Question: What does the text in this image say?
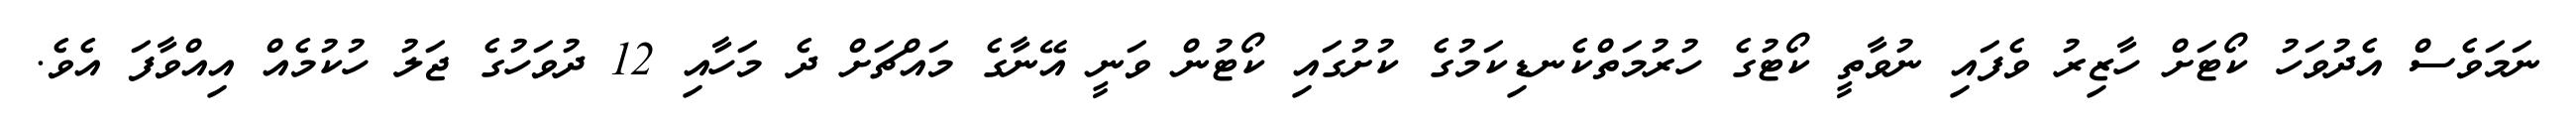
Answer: ނަމަވެސް އެދުވަހު ކޯޓަށް ހާޒިރު ވެފައި ނުވާތީ ކޯޓުގެ ހުރުމަތްކެނޑިކަމުގެ ކުށުގައި ކޯޓުން ވަނީ އޭނާގެ މައްޗަށް ދެ މަހާއި 12 ދުވަހުގެ ޖަލު ހުކުމެއް އިއްވާފަ އެވެ.